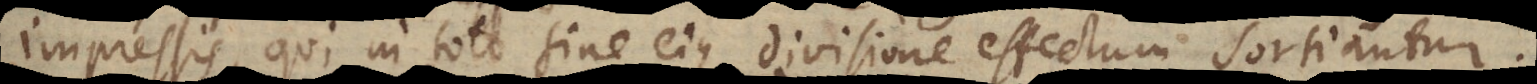
impressis, qui in toto sine ejus divisione effectum sortiantur,